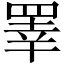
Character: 睪